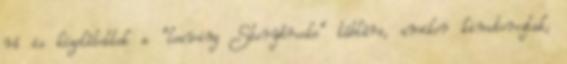
rá is közelítettek a “leaving Storybrooke” táblára, amikor kimotoroztak,